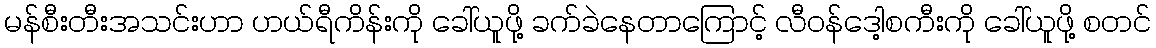
မန်စီးတီးအသင်းဟာ ဟယ်ရီကိန်းကို ခေါ်ယူဖို့ ခက်ခဲနေတာကြောင့် လီဝန်ဒေါ့စကီးကို ခေါ်ယူဖို့ စတင်